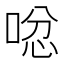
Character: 𠴮